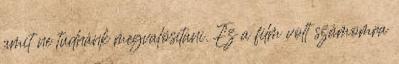
amit ne tudnánk megvalósítani. Ez a film volt számomra